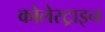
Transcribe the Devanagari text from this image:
कोलेस्ट्राइन